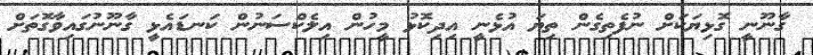
ގާނޫނީ ގޮޅިޔަކަށް ނުފެތިގެން ތިޔަ އުޅެނީ އިދިކޮޅު މީހުން އިލެކްސަނުން ކަނޑައެޅީ ގާނޫނުގައިވާގޮތަށް